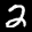
Label: 2